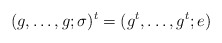
\begin{align*}(g, \ldots, g; \sigma)^t = (g^t, \ldots, g^t; e)\end{align*}